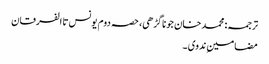
ترجمہ: محمد خان جوناگڑھی، حصہ دوم یونس تا الفرقان
مضامینِ ندوی ۔